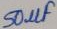
Text: 50µF